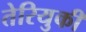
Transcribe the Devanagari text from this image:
तेरियुकी